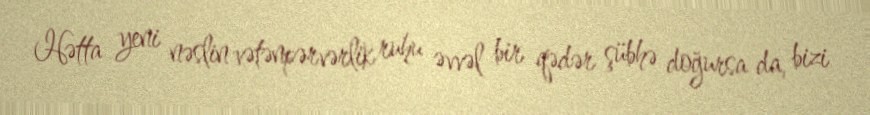
Hətta yeni nəslin vətənpərvərlik ruhu əvvəl bir qədər şübhə doğursa da, bizi